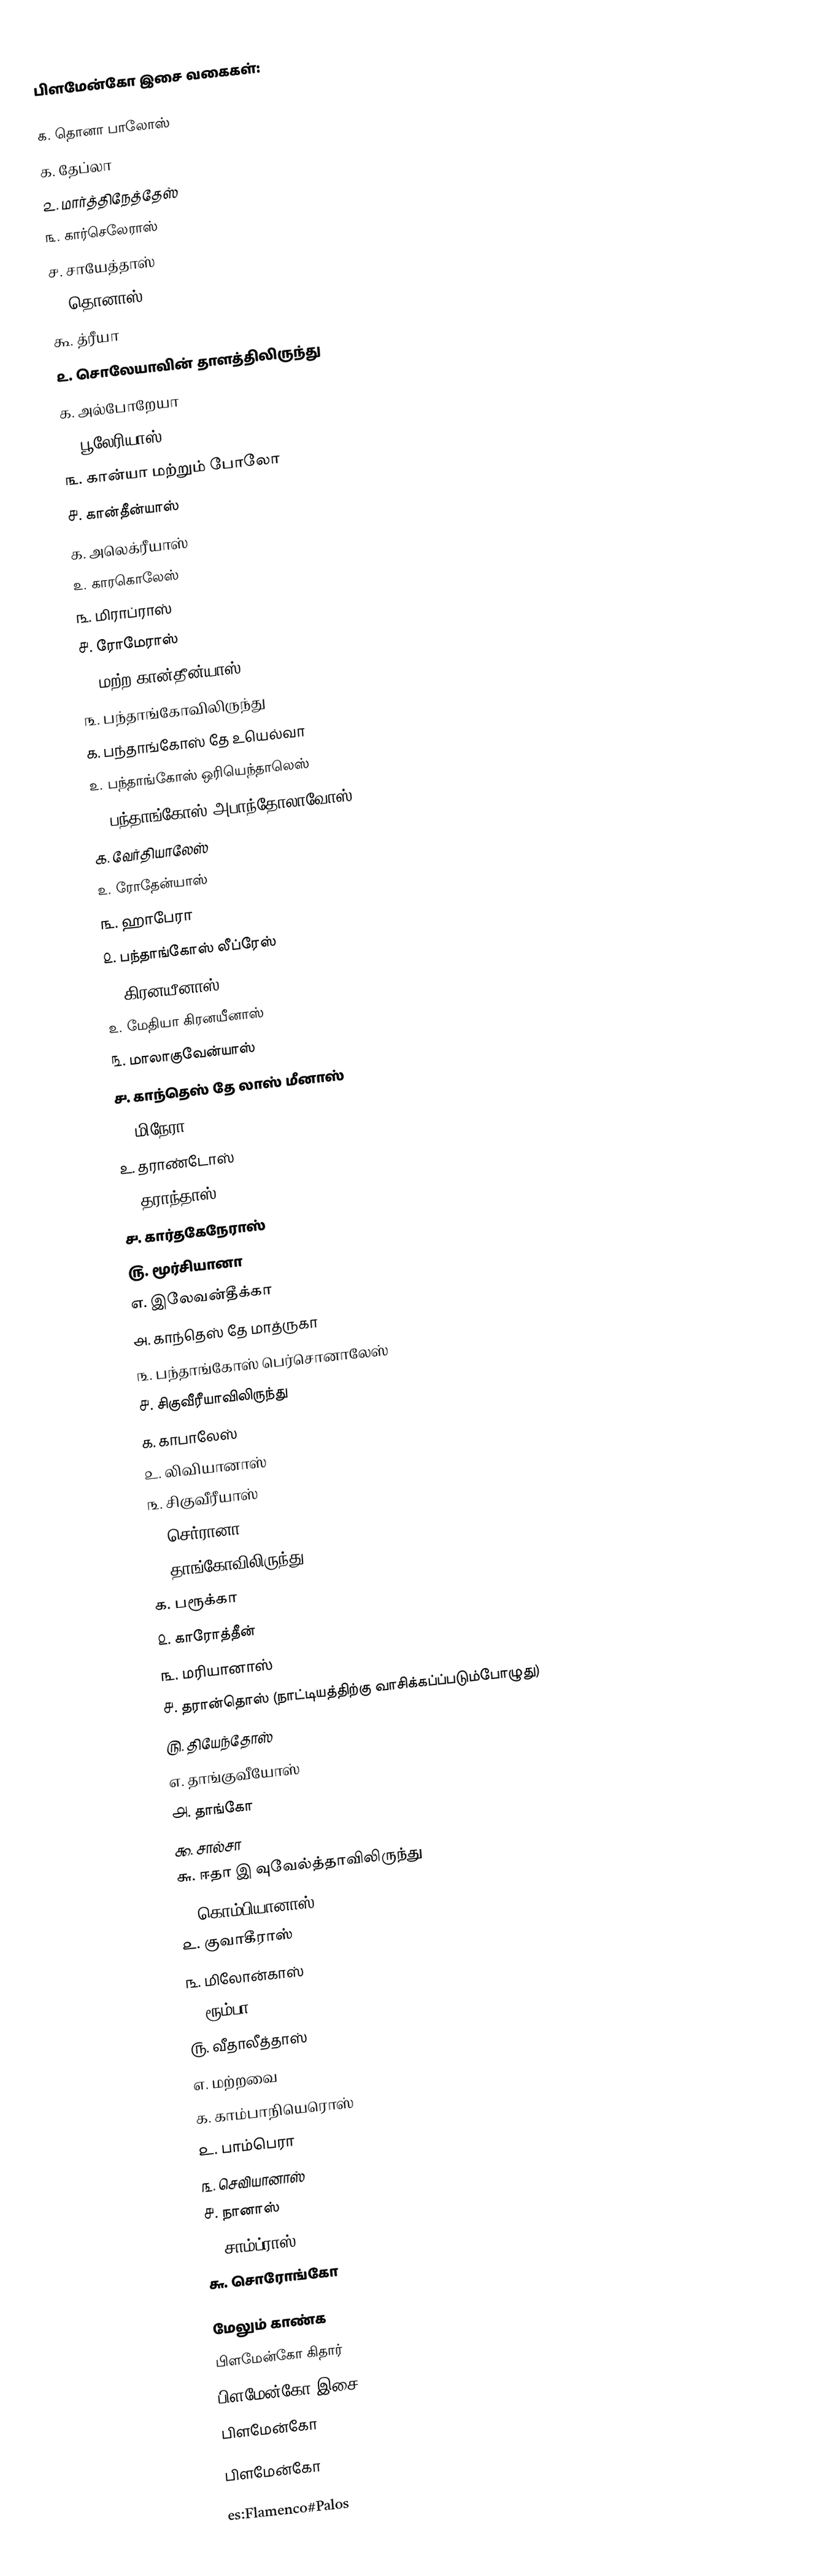
பிளமேன்கோ இசை வகைகள்:

௧. தொனா பாலோஸ்
௧. தேப்லா
௨. மார்த்திநேத்தேஸ்
௩. கார்செலேராஸ்
௪. சாயேத்தாஸ்
௫. தொனாஸ்
௬. த்ரீயா
௨. சொலேயாவின் தாளத்திலிருந்து
௧. அல்போறேயா
௨. பூலேரியாஸ்
௩. கான்யா மற்றும் போலோ
௪. கான்தீன்யாஸ்
௧. அலெக்ரீயாஸ்
௨. காரகொலேஸ்
௩. மிராப்ராஸ்
௪. ரோமேராஸ்
௫. மற்ற கான்தீன்யாஸ்
௩. பந்தாங்கோவிலிருந்து
௧. பந்தாங்கோஸ் தே உயெல்வா
௨. பந்தாங்கோஸ் ஒரியெந்தாலெஸ்
௧. பந்தாங்கோஸ் அபாந்தோலாவோஸ்
௧. வேர்தியாலேஸ்
௨. ரோதேன்யாஸ்
௩. ஹாபேரா
௨. பந்தாங்கோஸ் லீப்ரேஸ்
௧. கிரனயீனாஸ்
௨. மேதியா கிரனயீனாஸ்
௩. மாலாகுவேன்யாஸ்
௪. காந்தெஸ் தே லாஸ் மீனாஸ்
௧. மிநேரா
௨. தராண்டோஸ்
௩. தராந்தாஸ்
௪. கார்தகேநேராஸ்
௫. மூர்சியானா
௭. இலேவன்தீக்கா
௮. காந்தெஸ் தே மாத்ருகா
௩. பந்தாங்கோஸ் பெர்சொனாலேஸ்
௪. சிகுவீரீயாவிலிருந்து
௧. காபாலேஸ்
௨. லிவியானாஸ்
௩. சிகுவீரீயாஸ்
௪. செர்ரானா
௫. தாங்கோவிலிருந்து
௧. பரூக்கா
௨. காரோத்தீன்
௩. மரியானாஸ்
௪. தரான்தொஸ் (நாட்டியத்திற்கு வாசிக்கப்ப்படும்போழுது)
௫. தியேந்தோஸ்
௭. தாங்குவீயோஸ்
௮. தாங்கோ
௯. சால்சா
௬. ஈதா இ வுவேல்த்தாவிலிருந்து
௧. கொம்பியானாஸ்
௨. குவாகீராஸ்
௩. மிலோன்காஸ்
௪. ரூம்பா
௫. வீதாலீத்தாஸ்
௭. மற்றவை
௧. காம்பாநியெரொஸ்
௨. பாம்பெரா
௩. செவியானாஸ்
௪. நானாஸ்
௫. சாம்ப்ராஸ்
௬. சொரோங்கோ

மேலும் காண்க
 பிளமேன்கோ கிதார்
 பிளமேன்கோ இசை
 பிளமேன்கோ

பிளமேன்கோ

es:Flamenco#Palos